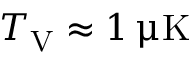
T _ { \mathrm { V } } \approx 1 \, \upmu \mathrm { K }